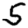
Digit: 5